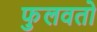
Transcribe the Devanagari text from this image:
फुलवतो